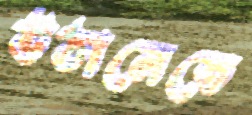
উঠানেতে